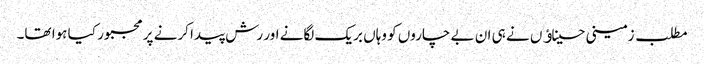
مطلب زمینی حسیناﺅں نے ہی ان بے چاروں کو وہاں بریک لگانے اور رش پیدا کرنے پر مجبور کیا ہوا تھا۔